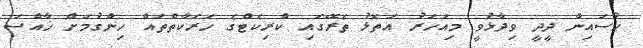
ޙުސައިން ދީދީ ވިދާޅުވީ މިއަހަރު އަތޮޅު ތެރޭގައި ކްރިކެޓްގެ ހަރަކާތްތައް ހިންގުމަށް ޚާއްސަ